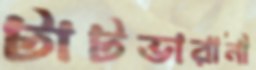
টাটভারানী